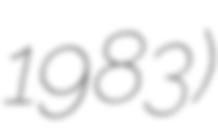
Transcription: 1983)